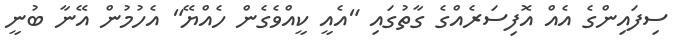
ސިފައިންގެ އެއް އޮފިސަރެއްގެ ގާތުގައި "އެއީ ކީއްވެގެން ހެއްޔޭ" އެހުމުން އޭނާ ބުނީ